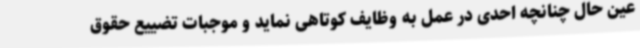
عین حال چنانچه احدی در عمل به وظایف کوتاهی نماید و موجبات تضییع حقوق